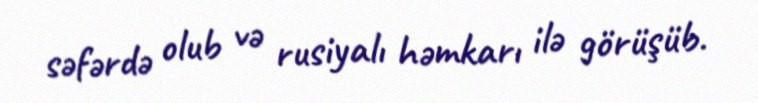
səfərdə olub və rusiyalı həmkarı ilə görüşüb.